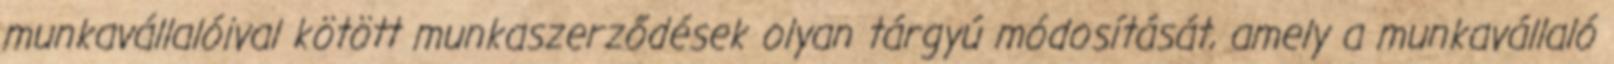
munkavállalóival kötött munkaszerződések olyan tárgyú módosítását, amely a munkavállaló